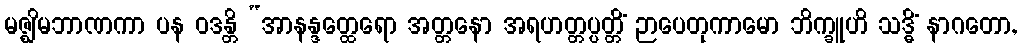
မဇ္ဈိမဘာဏကာ ပန ဝဒန္တိ “အာနန္ဒတ္ထေရော အတ္တနော အရဟတ္တပ္ပတ္တိံ ဉာပေတုကာမော ဘိက္ခူဟိ သဒ္ဓိံ နာဂတော,